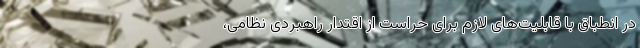
در انطباق با قابلیت‌های لازم برای حراست از اقتدار راهبردی نظامی،